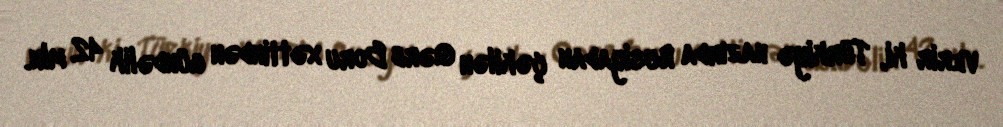
verir ki, Türkiyə hazırda Rusiyadan çəkilən Qərb Boru xəttindən gündəlik 42 mln.